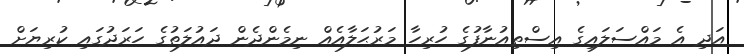
އަދި އެ މައްސަލައިގެ އިސްތިއުނާފުގެ ހުރިހާ މަރުޙަލާއެއް ނިމެންދެން ދައުލަތުގެ ހަރަދުގައި ކުރިޔަށް